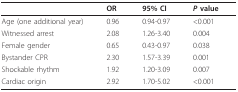
<table><thead><tr><td></td><td><b>OR</b></td><td><b>95% CI</b></td><td><b><i>P </i>value </b></td></tr></thead><tbody><tr><td>Age (one additional year)</td><td>0.96</td><td>0.94-0.97</td><td>&lt;0.001</td></tr><tr><td>Witnessed arrest</td><td>2.08</td><td>1.26-3.40</td><td>0.004</td></tr><tr><td>Female gender</td><td>0.65</td><td>0.43-0.97</td><td>0.038</td></tr><tr><td>Bystander CPR</td><td>2.30</td><td>1.57-3.39</td><td>0.001</td></tr><tr><td>Shockable rhythm</td><td>1.92</td><td>1.20-3.09</td><td>0.007</td></tr><tr><td>Cardiac origin</td><td>2.92</td><td>1.70-5.02</td><td>&lt;0.001</td></tr></tbody></table>